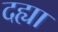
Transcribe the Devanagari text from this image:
दह्या